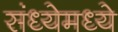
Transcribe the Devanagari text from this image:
संध्येमध्ये